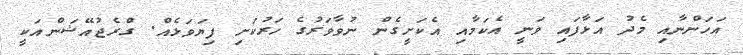
އަހަންނާއި މެދު އަޅާފައި ވަނީ އެކަމާއި އެކަށީގެން ނުވާވަރުގެ ހަރުކަށި ފިޔަވަޅެއް. ގްރެޖުއޭޝަންއަކީ